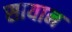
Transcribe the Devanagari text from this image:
सायान